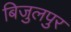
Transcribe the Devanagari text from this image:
बिजुलपुर